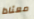
معتادا